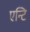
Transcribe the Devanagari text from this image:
एन्टि